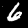
Label: 6